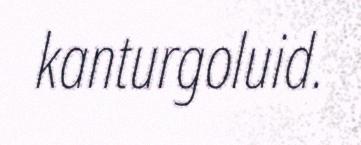
kanturgoluid.